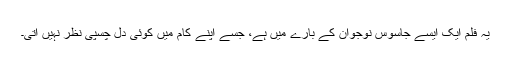
یہ فلم ایک ایسے جاسوس نوجوان کے بارے میں ہے، جسے اپنے کام میں کوئی دِل چسپی نظر نہیں آتی۔